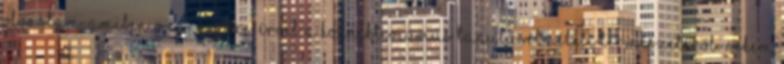
olvastam, amiben megnyerően érvel a konnektivizmus tanuláselméleti természetéről. Nekem